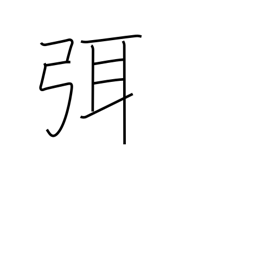
Meaning: cease